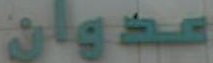
عدوان